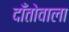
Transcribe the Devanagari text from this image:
दाँतोवाला